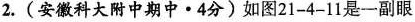
2.(安徽科大附中期中·4分)如图21-4-11是一副眼